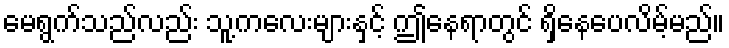
မေရွက်သည်လည်း သူ့ကလေးများနှင့် ဤနေရာတွင် ရှိနေပေလိမ့်မည်။